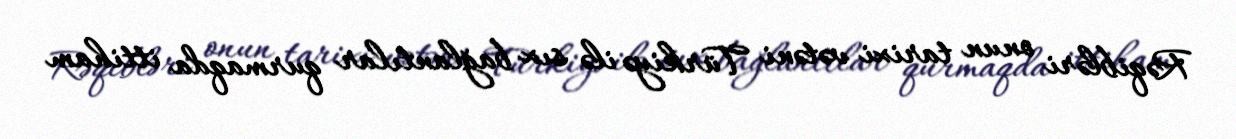
Rəqibləri onun tarixi vətəni Türkiyə ilə sıx bağlantılar qurmaqda ittiham